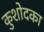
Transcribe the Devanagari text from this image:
कुशोदका